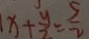
x + \frac { y } { 2 } = \frac { 5 } { 2 }